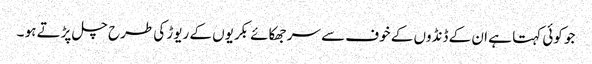
جو کوئی کہتا ہے ان کے ڈنڈوں کے خوف سے سر جھکائے بکریوں کے ریوڑ کی طرح چل پڑتے ہو ۔